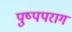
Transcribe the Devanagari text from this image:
पुष्पपराग